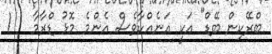
ބްރޭކިން ބޭޑް" އަކީ އަނެއްކާވެސް އެންމެ މޮޅު ޑްރާމާ   !